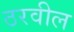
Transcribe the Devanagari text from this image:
ठरवील